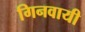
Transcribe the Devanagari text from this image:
गिनवायी